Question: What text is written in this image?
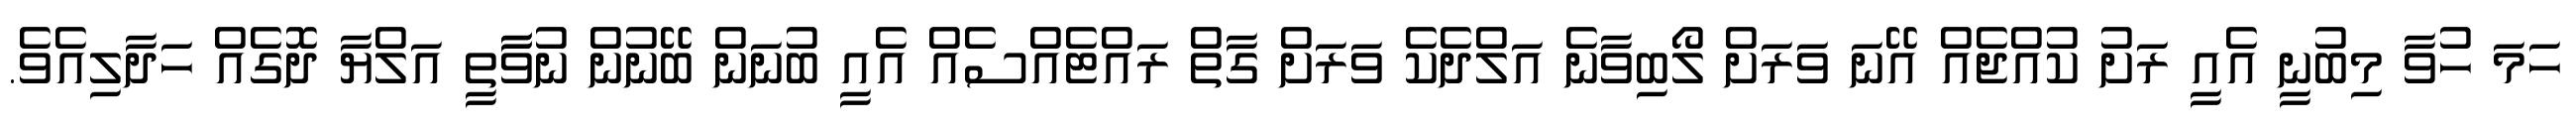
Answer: ހަމަ ހުވާ މިބުނީ އެއީ ރަށު ކުއްޖެއް އޭނަ ވަރަށް ލޯބިވާނެ އަލްދެކެ ވަރަށް ގާތް ރައްޓެއްސެއް އެއީ ބުނަން ބޭނުން ނުވާާތީ އަލްޔާ ދޮގެއް ހަދާލިއެވެ.